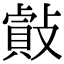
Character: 𢿡